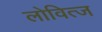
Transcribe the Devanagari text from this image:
लोवित्ज